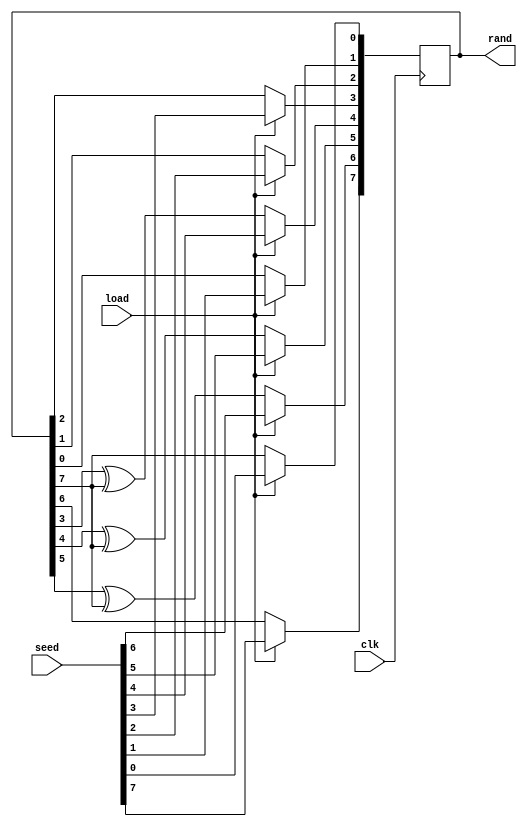
module rand_gen(
    input               clk,      /*clock signal*/
    input               load,     /*load seed to rand,active high */
    input      [7:0]    seed,     
    output reg [7:0]    rand  /*random number output*/
);
initial rand = 8'hF0;
always@(posedge clk)
begin
    if(load)
        rand <=seed;    /*load the initial value when load is active*/
    else
        begin
            rand[0] <= rand[7];
            rand[1] <= rand[0];
            rand[2] <= rand[1];
            rand[3] <= rand[2];
            rand[4] <= rand[3]^rand[7];
            rand[5] <= rand[4]^rand[7];
            rand[6] <= rand[5]^rand[7];
            rand[7] <= rand[6];
        end
            
end
endmodule